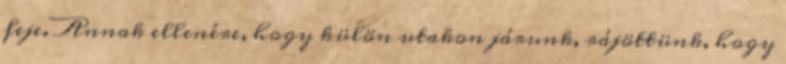
feje. Annak ellenére, hogy külön utakon járunk, rájöttünk, hogy